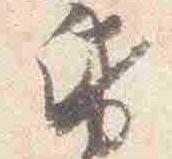
紙